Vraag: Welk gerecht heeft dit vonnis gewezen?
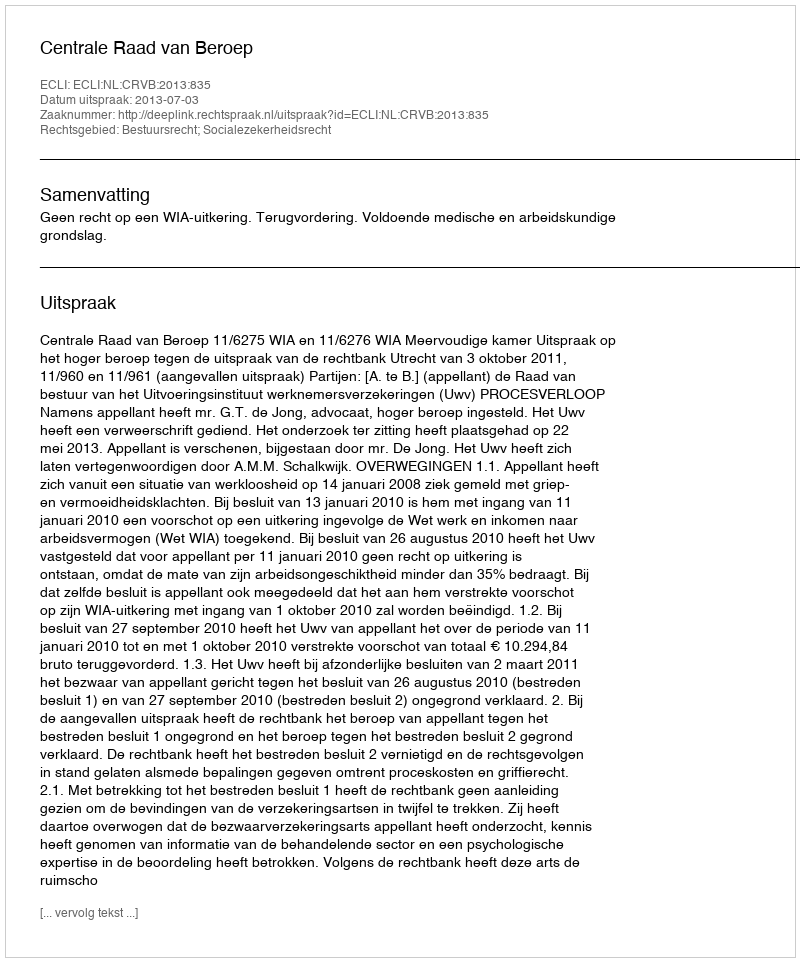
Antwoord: Centrale Raad van Beroep